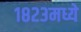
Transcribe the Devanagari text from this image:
१८२३मध्ये